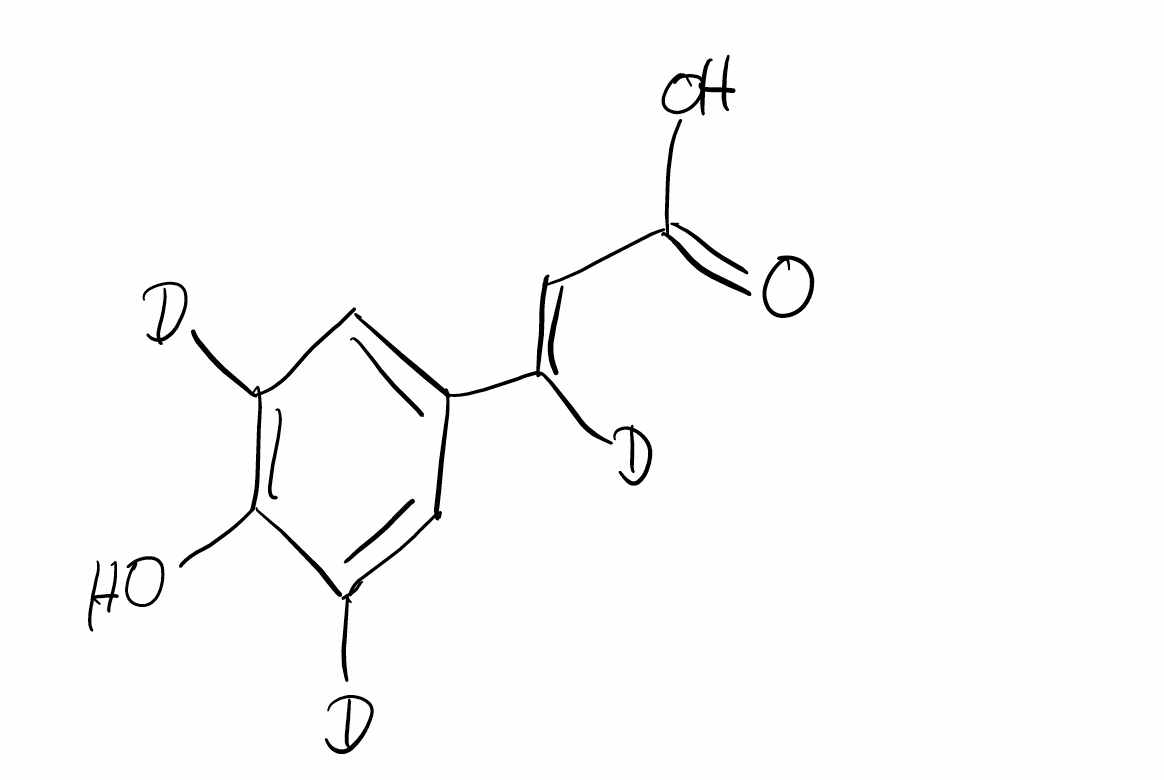
Simplified molecular-input line-entry system (SMILES) notation of the given molecule:
[2H]C1=CC(=CC(=C1O)[2H])/C(=C/C(=O)O)/[2H]